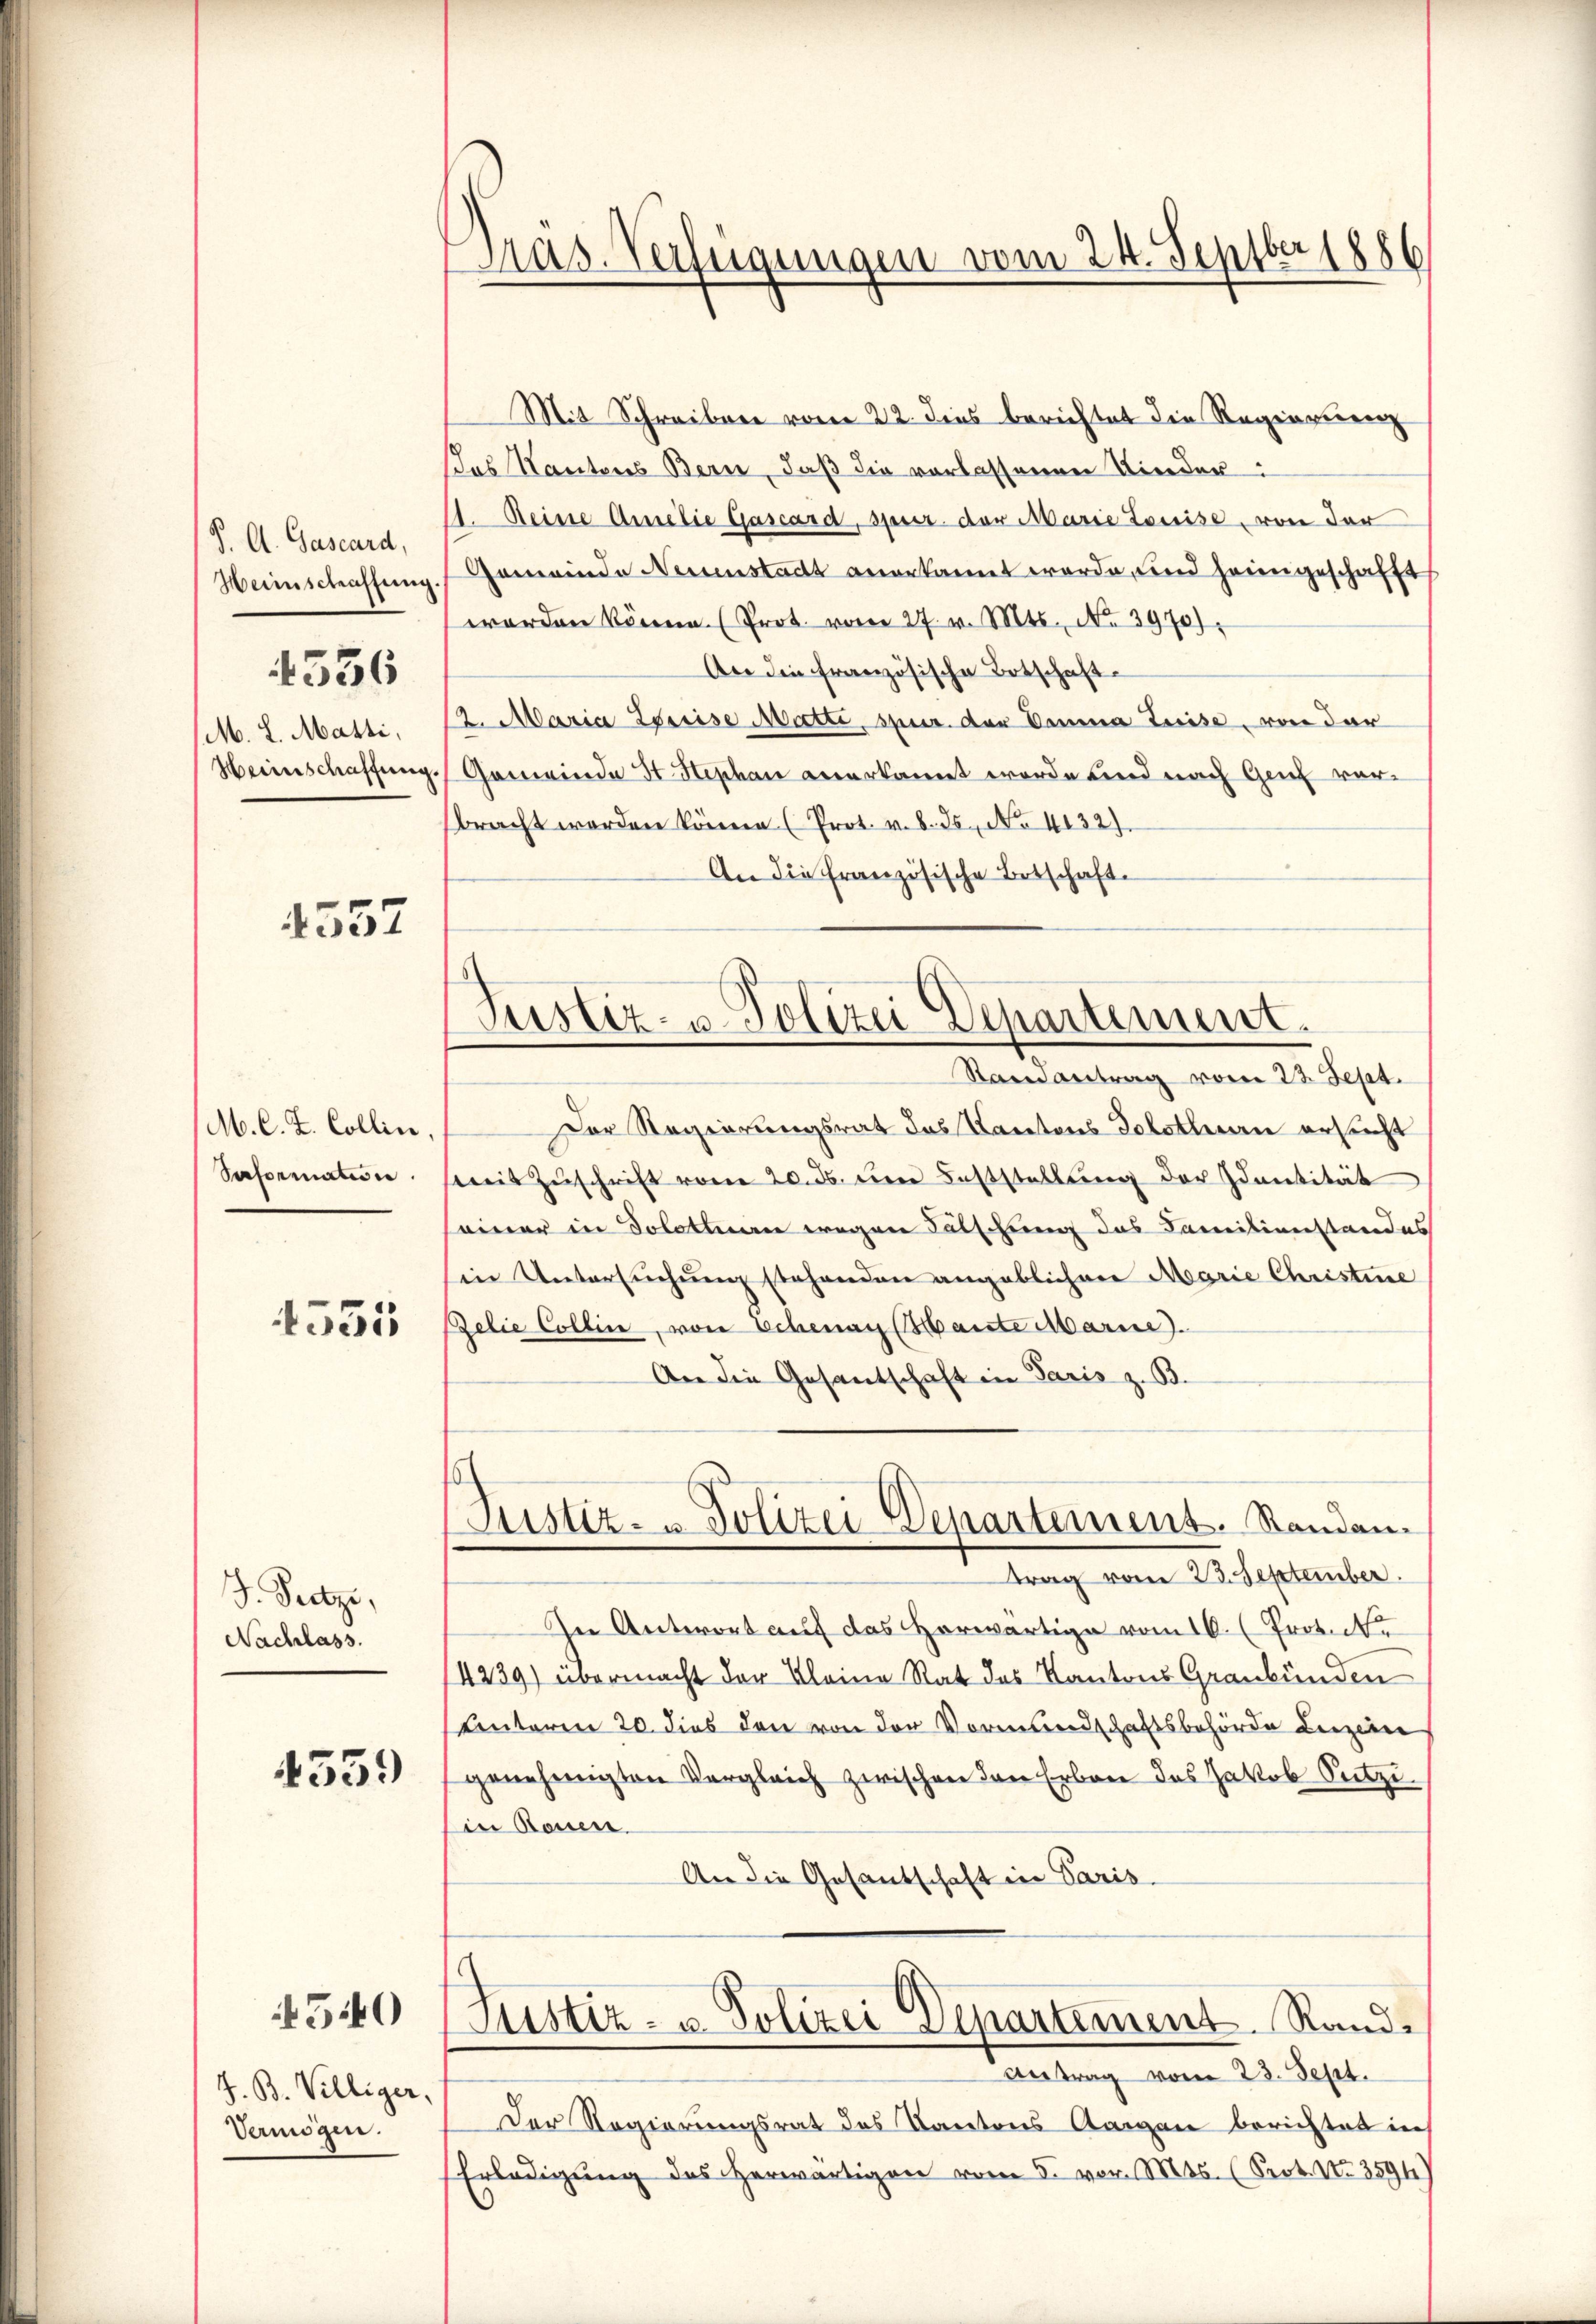
J. A. Gascard,
M. L. Matti,

1336

4557

M. C. Z. Collin,
Seformation

4555

J. Peetze,
Nachlass.
4559)

540

H. B. Villiger,
Vermögen.

Pras. Verfügungen vom 24. Septber 1886

Mit Schreiben vom 22. dies berichtet die Regierung
Das Kantons Bern, daß die verlassenen Kinder
A. Reine Ammilie Gascard, spier der Marie Louise, von der
Heimschaffung. Gemeinde Neuenstadt anerkannt werde, und heimgeschafft
worden könne (Prot. vom 27. v. Mts. No. 3970).
An die französische Ortschaft
2. Maria Zureise Matte, spur. der Domina Luise, von der
Heinschaffung. Gemeinde St. Hephan anerkannt werde und nach Genf verbracht worden könne (Prot. v. d. Js., No. 4132).
An die französische Ortschaft.

Justiz- u. Polizei Departement.
Randantrag vom 23. Sept.

Justiz- u Polizei Departement. Standen.

Der Regierungsrat das Kantons Solothurn ersucht
streit Zŭschrift vom 20. ds. der Feststellung der Identität
einer in Solotinen wegen Fälschung das Familienstandes
Ein Untersuchung stehenden angeblichere Marie Christine
Zelie Collin, von Schenau (Maiste Marme).
An die Gesantschaft in Paris z. B.
trag vom 23. September.
In Antwort auf das Horwärtige vom 16. (Proteke
14239) übermacht der Kleine Rat des Kantons Graubünden
Unteren 20. dies den von der Vormundschaftsbehörde Liezerer
genehmigten Vergleich zwischen den Erbene das Jakob Sutze
Ein Rouen.
An die Gesandschaft in Paris
Justiz- u. Polizei Departement. Rand¬
Antrag vom 23. Sept.
Der Regierungsrat des Kantons Aaran berichtet in
Erledigung des herwärtigen vom 5. vor. Mts. (Sept. No 3594)